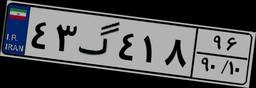
۶۹گ۲۴۵۲۷